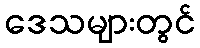
ဒေသများတွင်